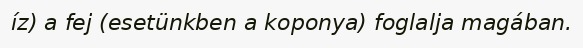
íz) a fej (esetünkben a koponya) foglalja magában.